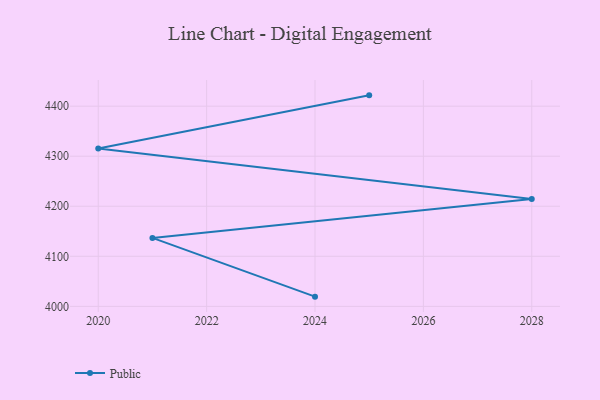
{"axis": {"x": "Year", "y": "Headcount"}, "legend": ["Public"], "data": [{"x": "2025", "y": 4421.6, "type": "Public"}, {"x": "2020", "y": 4315.3, "type": "Public"}, {"x": "2028", "y": 4214.7, "type": "Public"}, {"x": "2021", "y": 4136.8, "type": "Public"}, {"x": "2024", "y": 4019.4, "type": "Public"}]}